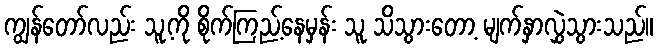
ကျွန်တော်လည်း သူ့ကို စိုက်ကြည့်နေမှန်း သူ သိသွားတော့ မျက်နှာလွှဲသွားသည်။